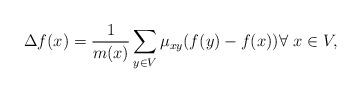
LaTeX: \begin{align*}\Delta f (x) = \frac{1}{m(x)} \sum_{y\in V} \mu_{xy}(f(y) - f(x)) \forall\ x\in V,\end{align*}